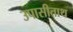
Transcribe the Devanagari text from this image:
उपासीताथ